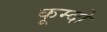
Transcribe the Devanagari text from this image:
कूम्दो